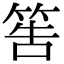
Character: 筶